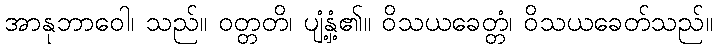
အာနုဘာဝေါ၊ သည်။ ဝတ္တတိ၊ ပျံ့နှံ့၏။ ဝိသယခေတ္တံ၊ ဝိသယခေတ်သည်။